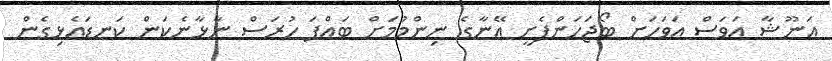
އަނޫޝާ އަވަސް އަވަހަށް ބޯޖަހަންފެށީ އޭނާގެ ނިންމުމަށް ބައްޕަ ހުރަސް ނާޅާނެކަން ކަނޑައެޅިގެން